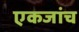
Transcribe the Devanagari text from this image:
एकजांच